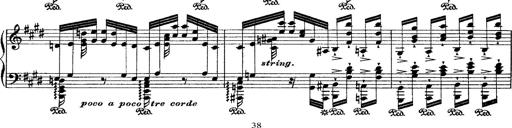
Title: Ã‰tudes d'exÃ©cution transcendante d'aprÃ¨s Paganini
Composer: Franz Liszt